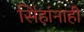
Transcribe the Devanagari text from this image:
सिंहांनाही